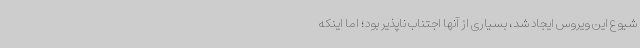
شیوع این ویروس ایجاد شد، بسیاری از آنها اجتناب ناپذیر بود؛ اما اینکه